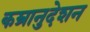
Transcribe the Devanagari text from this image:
कम्रानुदेशन